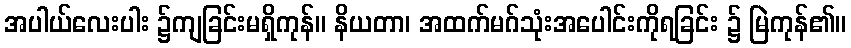
အပါယ်လေးပါး ၌ကျခြင်းမရှိကုန်။ နိယတာ၊ အထက်မဂ်သုံးအပေါင်းကိုရခြင်း ၌ မြဲကုန်၏။